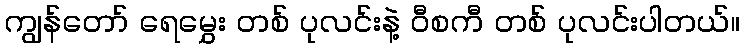
ကျွန်တော် ရေမွှေး တစ် ပုလင်းနဲ့ ဝီစကီ တစ် ပုလင်းပါတယ်။